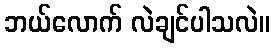
ဘယ်လောက် လဲချင်ပါသလဲ။